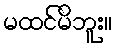
မထင်မိဘူး။